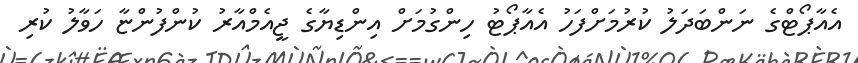
އެއާޕޯޓްގެ ނަންބަދަލު ކުރުމަށްފަހު އެއާޕޯޓު ހިންގުމަށް އިންޑިޔާގެ ޖީއެމްއާރު ކުންފުންޏާ ހަވާލު ކުރި